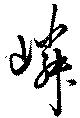
嶙